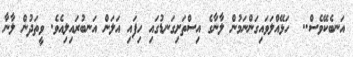
އަނބެކޭވެސް..  ހަޅޭއްލަވައިގަންނަމުން ލާނާގެ އިސްތަށިގަނޑުގައި ހިފައި އަލަން އަނބުރައިލިއެވެ. ވީތަދުން ލާނާ